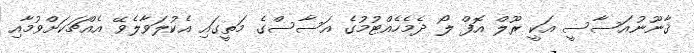
ޤާނޫނުއަސާސީ އަކީ ރޫލް އޮފް ލޯ ދެމެހެއްޓުމުގެ އަސާސްގެ މަތީގައި އެކުލަވާލެވޭ އެއްޗަކަށްވުމާއި